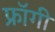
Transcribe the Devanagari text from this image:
फ्रॉगी